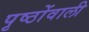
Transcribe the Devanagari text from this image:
पृष्ठोंवाली